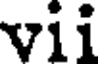
vii